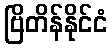
ဗြိတိန်နိုင်ငံ